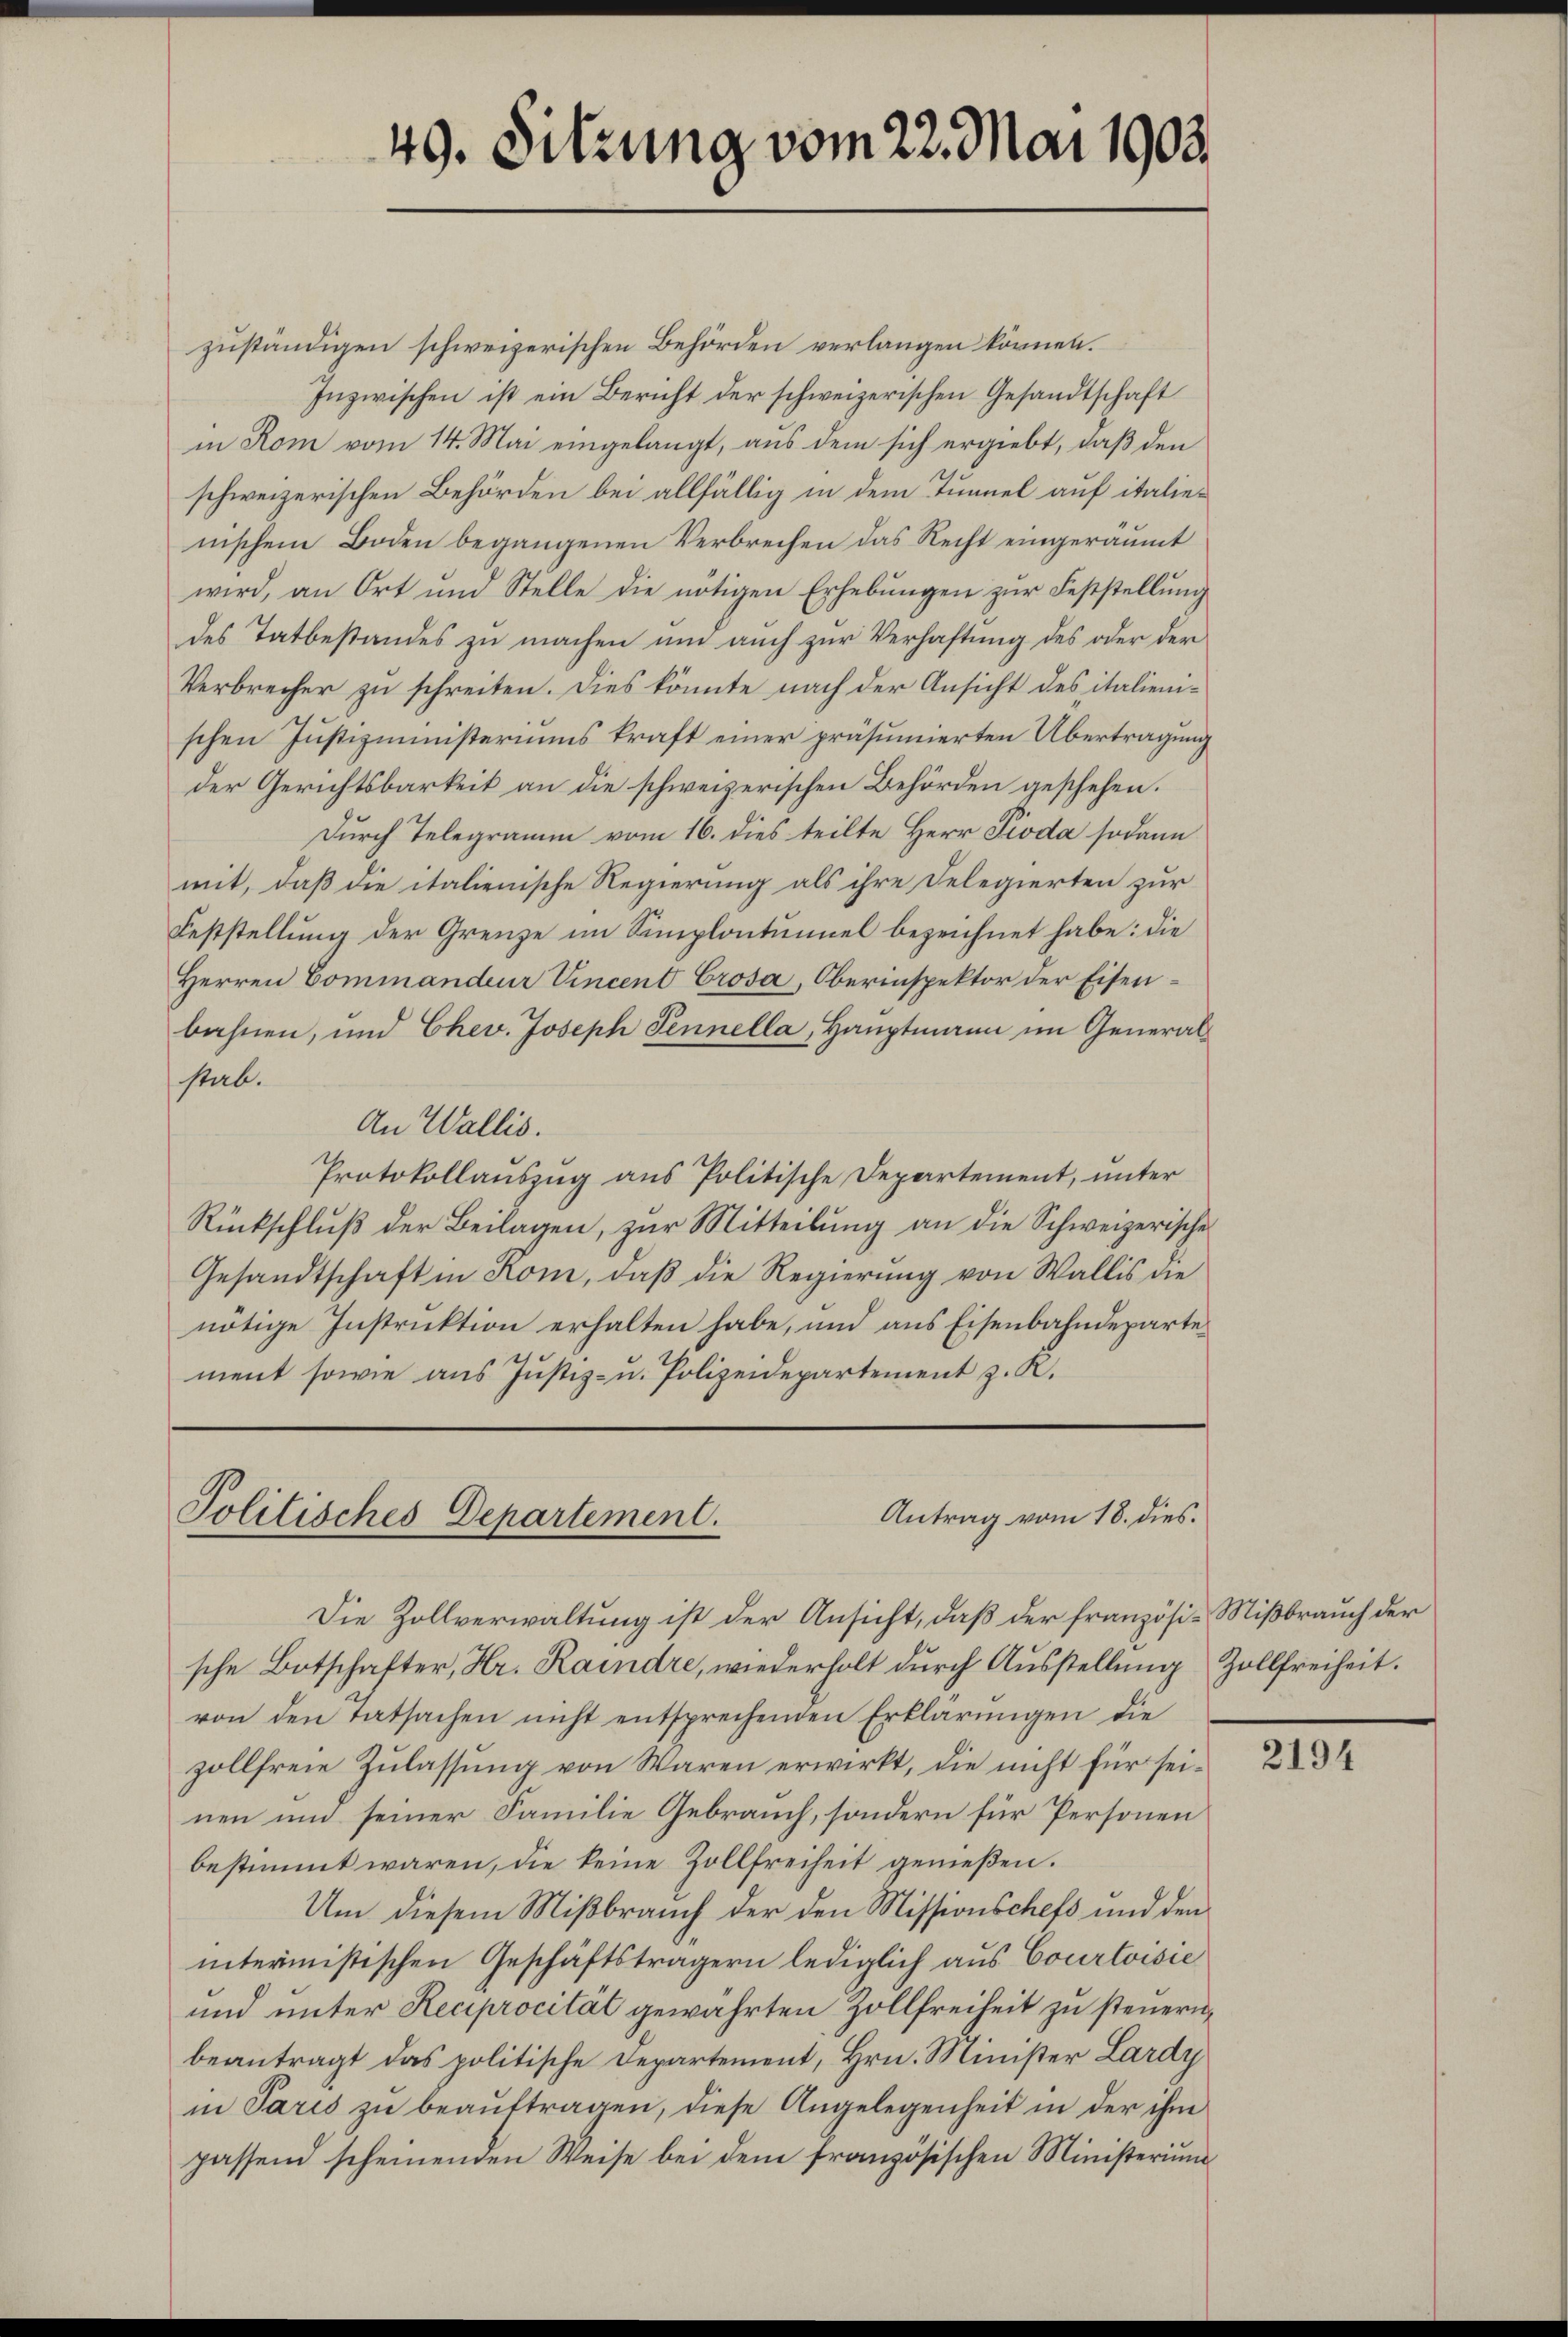
49. Sitzung vom 22. Mai 1902.

zuständigen schweizerischen Behörden verlangen können.
Inzwischen ist ein Bericht der schweizerischen Gesandtschaft
in Rom vom 14. Mai eingelangt, aus dem sich ergiebt, daß den
schweizerischen Behörden bei allfällig in dem Tunnel auf italienischem Boden begangenen Verbrechen das Recht eingeräumt
wird, an Ort und Stelle die nötigen Erhebungen zur Feststellung
des Tatbestandes zu machen und auch zur Verhaftung des oder der
Verbrecher zu schreiten. Dies könnte nach der Ansicht des italienischen Justizministeriums kraft einer präsumierten Übertragung
der Gerichtsbarkeit an die schweizerischen Behörden geschehen.
Durch Telegramm vom 16. dies teilte Herr Pioda sodann
mit, daß die italienische Regierung als ihre Delegierten zur
Feststellung der Grenze im Simplontumel bezeichnet habe: die
Herren Commandeur Vincent Crosa, Oberinspektor der Eisenbahnen, und Chev. Joseph Fennella, Hauptmann im Generalstab.
An Wallis.
Protokollauszug aus Politische Departement, unter
Rückschluß der Beilagen, zur Mitteilung an die Schweizerische
Gesandtschaft in Rom, daß die Regierung von Wallis die
nötige Instruktion erhalten habe, und aus Eisenbahndepartement sowie aus Justiz- u. Polizeidepartement z. K.

Antrag vom 18. dies.
Politisches Departement.

Die Zollverwaltung ist der Ansicht, daß der französi-Mißbrauch der
sche Botschafter, Hr. Raindre, wiederholt durch Ausstellung Zollfreiheit.
von den tatsachen nicht entsprechenden Erklärŭngen die
zollfreie Zulassung von Waren erwirkt, die nicht für seinen und seiner Familie Gebrauch, sondern für Personen
bestimmt waren, die keine Zollfreiheit genießen.
Um diesem Mißbrauch der den Missionschefs und den
interinistischen Geschäftsträgern lediglich aus Courtoisie
und unter Reciprocität gewährten Zollfreiheit zu steuern,
beantragt das politische Departement, Hrn. Minister Lardy
in Paris zŭ beaŭftragen, diese Angelegenheit in der ihm
passend scheinenden Weise bei dem französischen Ministerium

2194